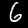
Label: 6